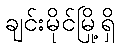
ချင်းမိုင်မြို့ရှိ